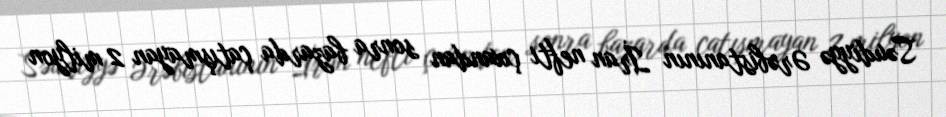
Səudiyyə Ərəbistanının İran nefti çıxandan sonra bazarda çatışmayan 2 milyon